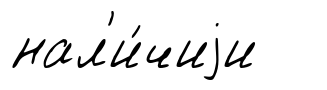
нал'и́чиjи